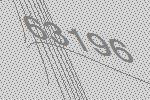
63196